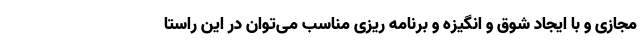
مجازی و با ایجاد شوق و انگیزه و برنامه ریزی مناسب می‌توان در این راستا